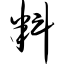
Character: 料